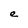
Character: e